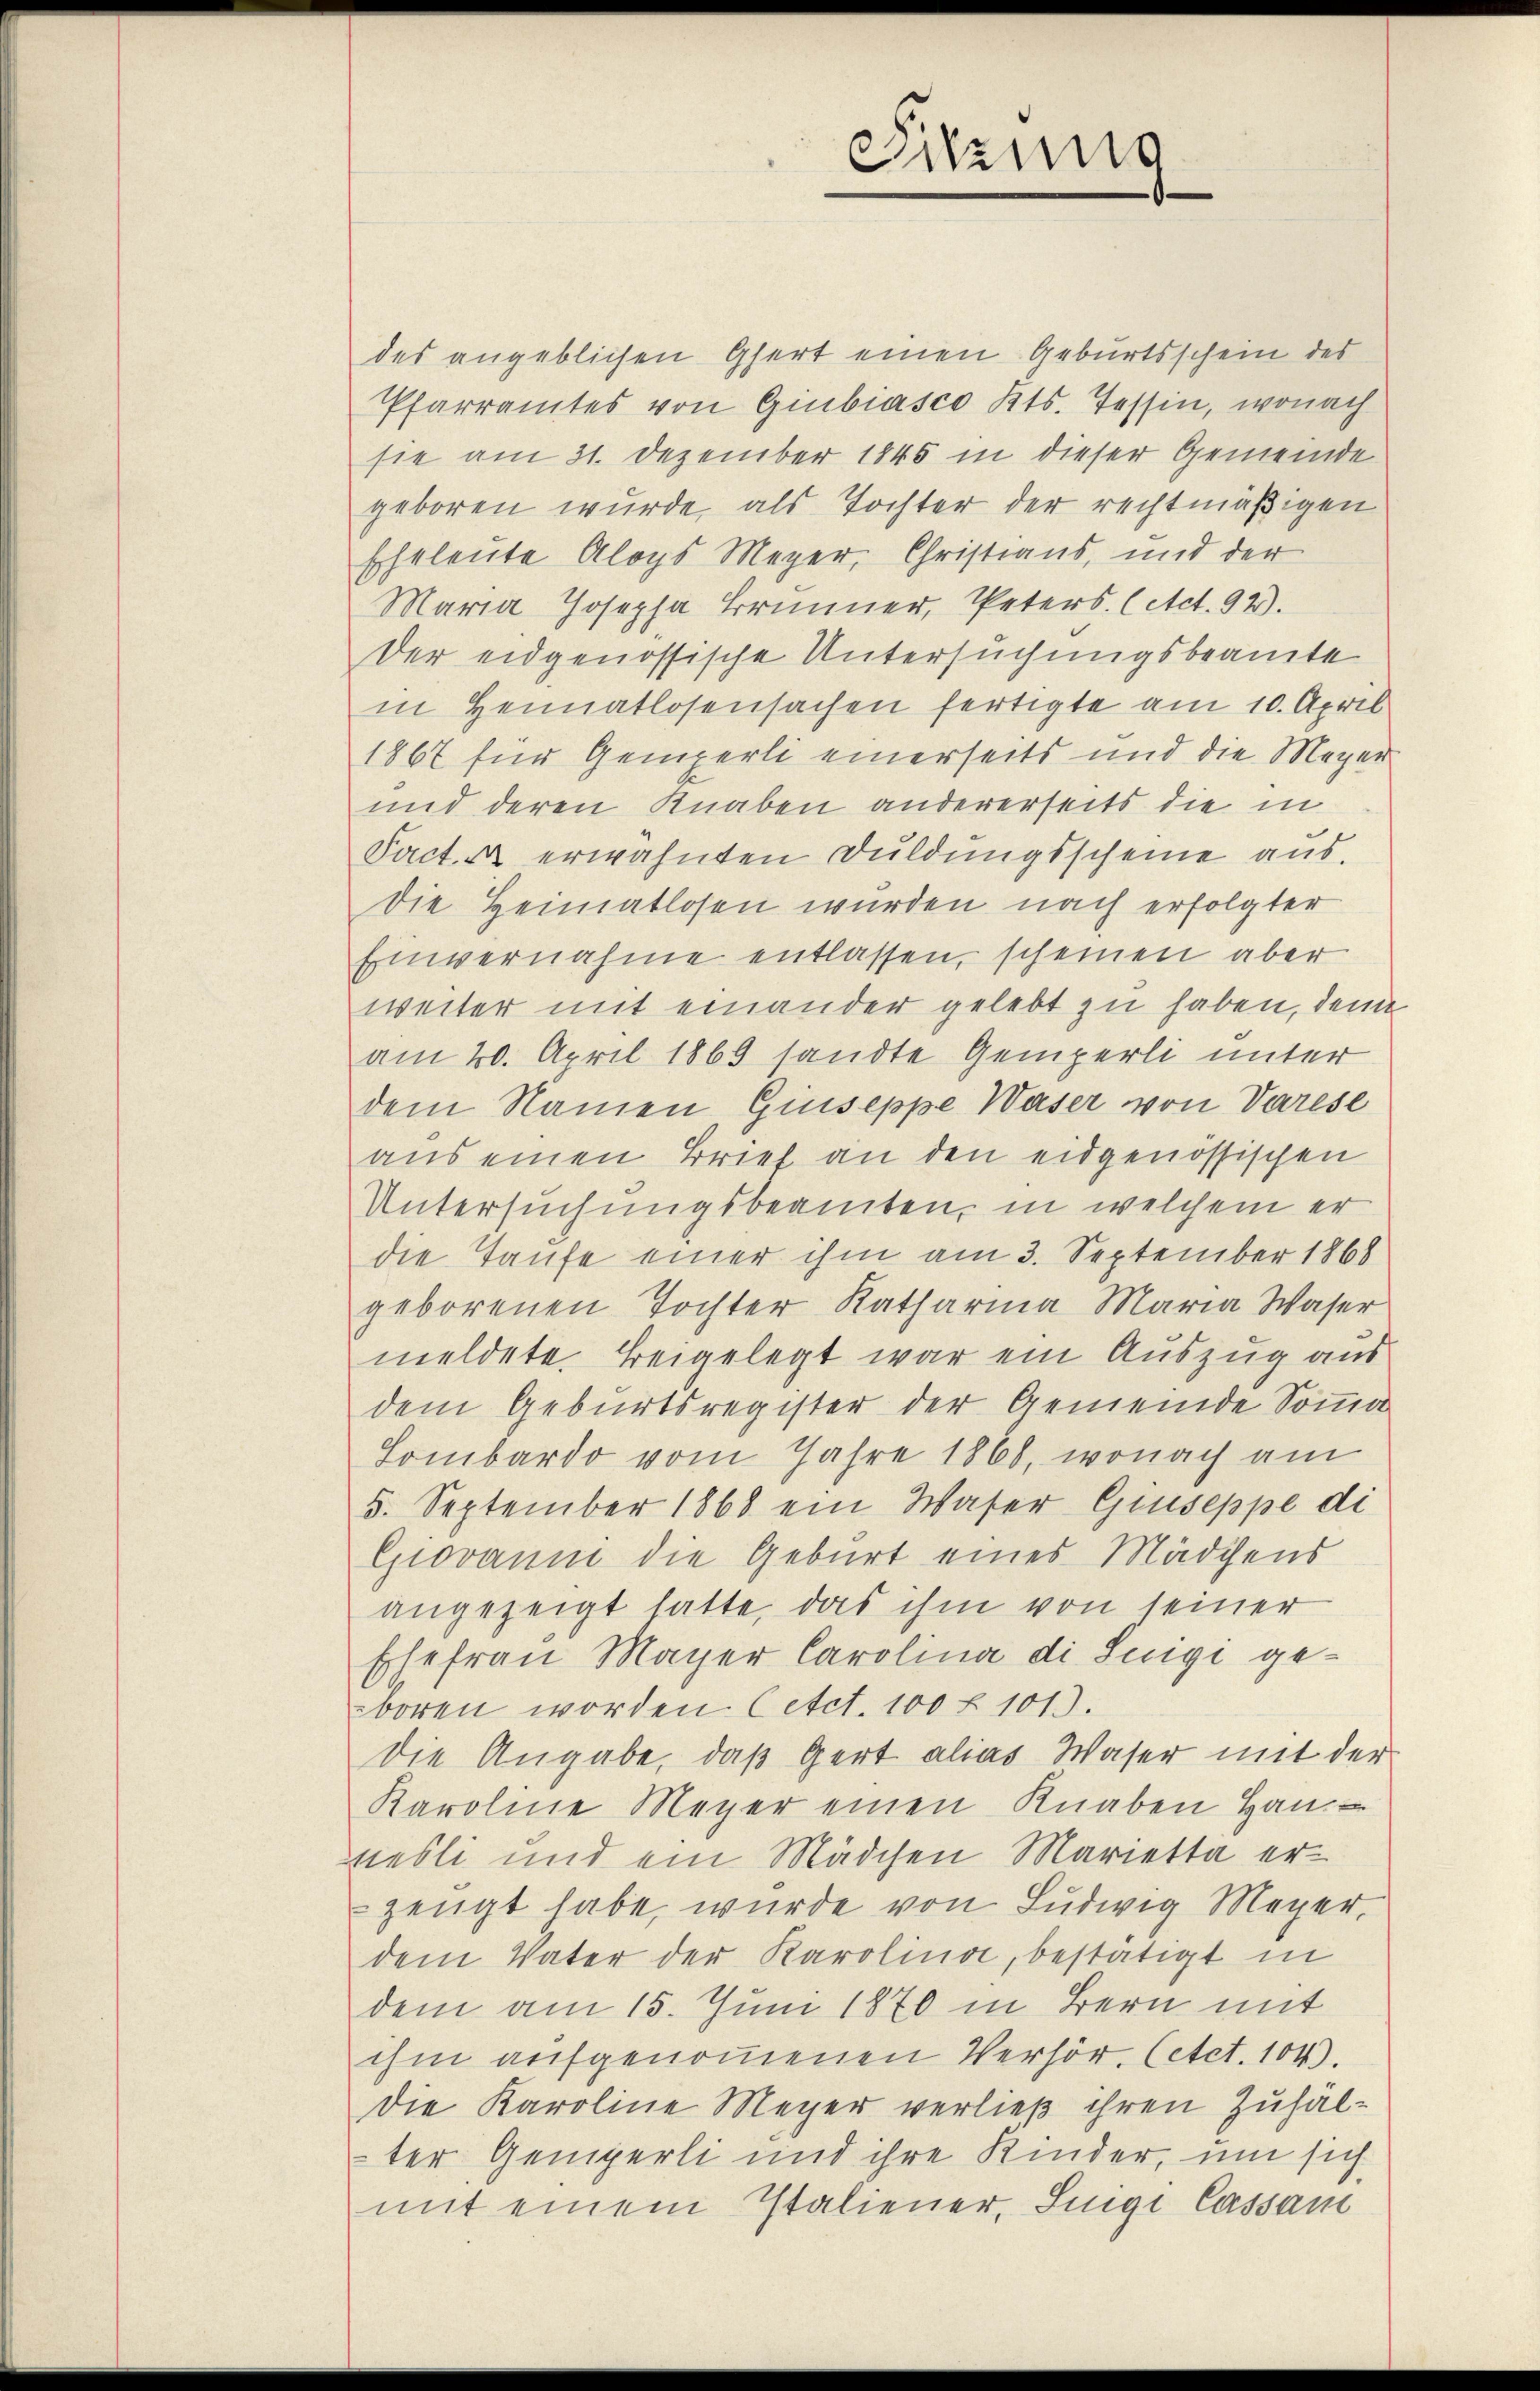
des angeblichen Gert einen Geburtsschein des
Pfarramtes von Giubiasco Kts. Tessin, wonach
sie am 31. Dezember 1845 in dieser Gemeinde
geboren wurde, als Tochter der rechtmäßigen
Eheleute Aloys Meyer, Christians, und der
Maria Josepha Brunner, Peters. (Act. 92.
Der eidgenössische Untersuchungsbeamte
in Heimatlosensachen fertigte am 10. April
1867 für Gemperli einerseits und die Meyer
und deren Knaben andererseits die in
Fact. A erwähnten Duldungsscheine aus.
Die Heimatlosen wurden nach erfolgter
Einvernahme entlassen, scheinen aber
weiter mit einander gelebt zu haben, den
am 20. April 1869 sandte Gemperli unter
dem Namen Giuseppe Waser von Varese
aus einen Brief an den eidgenössischen
Untersuchungsbeamten, in welchem er
die Taufe einer ihm am 3. September 1868
geborenen Tochter Katharina Maria Waser
meldete. Beigelegt war ein Auszug aus
dem Geburtsregister der Gemeinde Somma
Sombardo vom Jahre 1868, wonach am
5. September 1868 ein Waser Giuseppe di
Giovanni die Geburt eines Mädchens
angezeigt hatte, das ihm von seiner
Ehefrau Mayer Carolina di Legi geboren worden. (etct. 100 f 1013.
die Angabe, daß Gert alias Waser mit der
Karoline Meyer einen Knaben Han
nesli und ein Mädchen Marietta erzeugt habe, wurde von Ludwig Meyer,
dem Vater der Karolina, bestätigt in
dem am 15. Juni 1870 in Bern mit
ihm aufgenommenen Verhör. Cetet. 104).
Die Karoline Meyer verließ ihren Zuhälter Gemperli und ihre Kinder, um sich
mit einem Italiener, Sigi Cassam

Sitzung